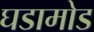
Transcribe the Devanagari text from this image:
घडामोड